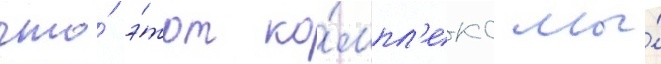
что́ э́тот ко́мпл'екс мы́